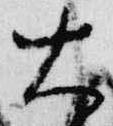
火